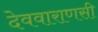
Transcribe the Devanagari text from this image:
देववाराणसी